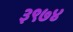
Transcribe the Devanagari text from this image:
३९७४